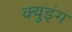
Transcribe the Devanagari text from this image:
क्युइंग